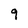
Character: 9